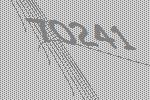
70241